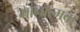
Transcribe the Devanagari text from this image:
गानात्मक